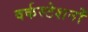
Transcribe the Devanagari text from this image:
वर्कस्टेशनों